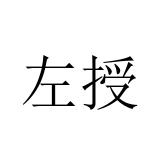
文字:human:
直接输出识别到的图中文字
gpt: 左授